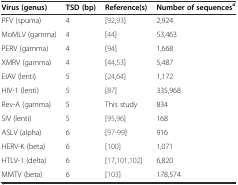
| Virus (genus) | TSD (bp) | Reference(s) | Number of sequencesa |
 | --- | --- | --- | --- |
 | PFV (spuma) | 4 | [92,93] | 2,924 |
 | MoMLV (gamma) | 4 | [44] | 53,463 |
 | PERV (gamma) | 4 | [94] | 1,668 |
 | XMRV (gamma) | 4 | [44,53] | 5,487 |
 | EIAV (lenti) | 5 | [24,64] | 1,172 |
 | HIV-1 (lenti) | 5 | [87] | 335,968 |
 | Rev-A (gamma) | 5 | This study | 834 |
 | SIV (lenti) | 5 | [95,96] | 168 |
 | ASLV (alpha) | 6 | [97-99] | 916 |
 | HERV-K (beta) | 6 | [100] | 1,071 |
 | HTLV-1 (delta) | 6 | [17,101,102] | 6,820 |
 | MMTV (beta) | 6 | [103] | 178,574 |